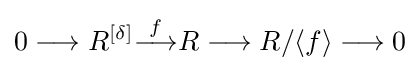
0\longrightarrow R^{[\delta ]}{\stackrel {f}{\longrightarrow }}R\longrightarrow R/\langle f\rangle \longrightarrow 0